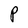
Character: P